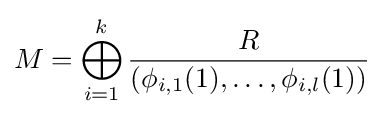
M=\bigoplus _{i=1}^{k}{\frac {R}{(\phi _{i,1}(1),\ldots ,\phi _{i,l}(1))}}